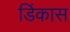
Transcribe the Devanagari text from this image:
डिंकास